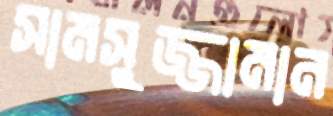
সামসুজ্জামান